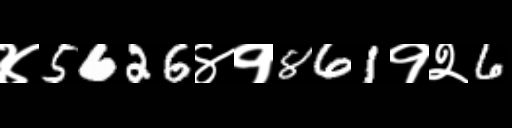
Text: ४5626४१861१२6